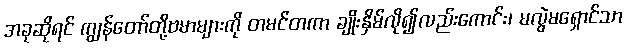
အခုဆိုရင် ကျွန်တော်တို့ဗမာများကို တမင်တကာ ချိုးနှိမ်လို၍လည်းကောင်း၊ မလွဲမရှောင်သာ